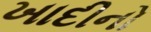
ખાદીનો